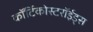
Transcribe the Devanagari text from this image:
कॉर्टिकोस्टरॉईड्स